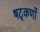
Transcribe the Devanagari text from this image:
षट्‌कणों